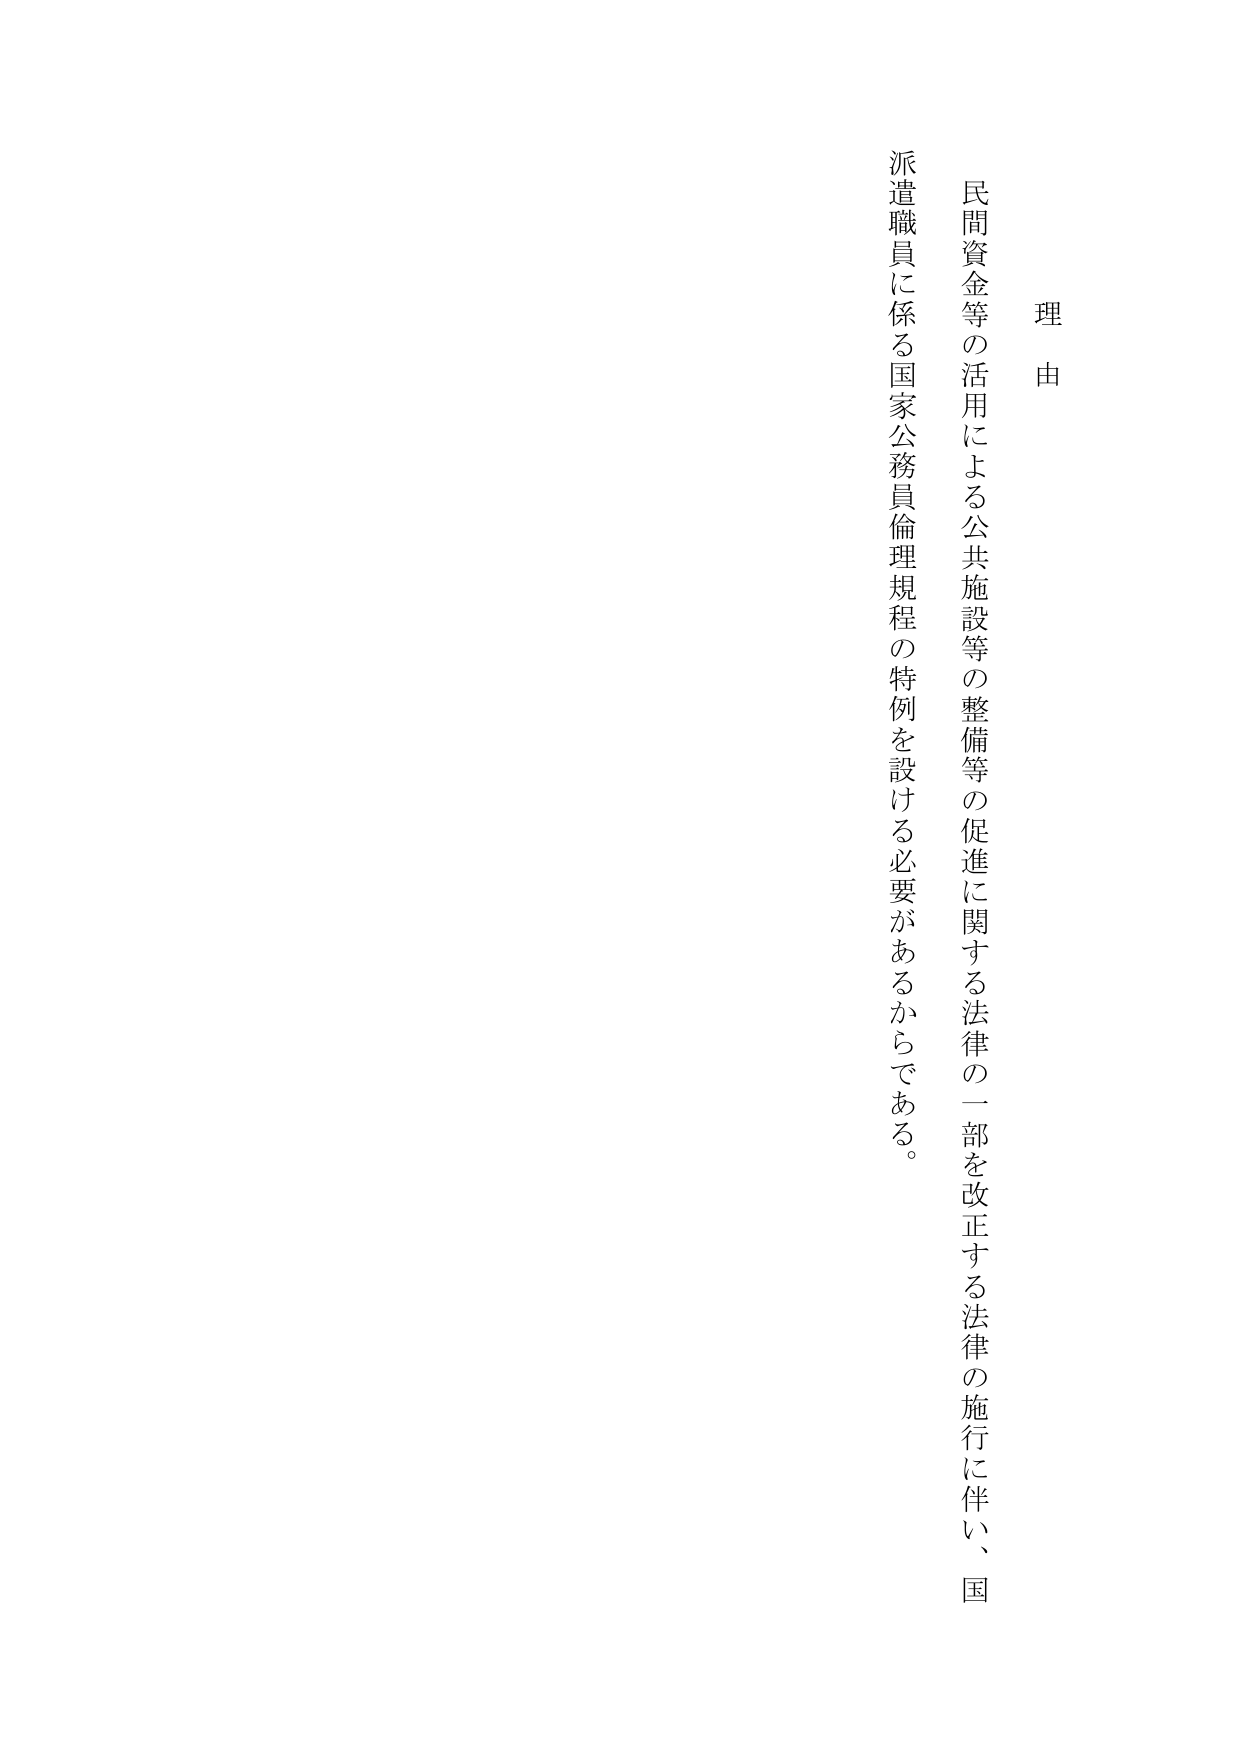
理由

民間資金等の活用による公共施設等の整備等の促進に関する法律の一部を改正する法律の施行に伴い、国
派遣職員に係る国家公務員倫理規程の特例を設ける必要があるからである。